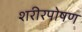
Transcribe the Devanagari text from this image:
शरीरपोषण